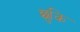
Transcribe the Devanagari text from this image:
छुकि